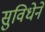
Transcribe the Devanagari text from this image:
सुविधेने